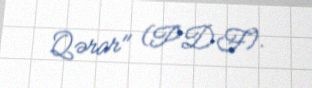
Qərar" (PDF).